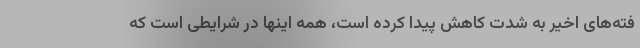
فته‌های اخیر به‌ شدت کاهش پیدا کرده است، همه اینها در شرایطی است که